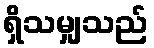
ရှိသမျှသည်